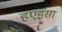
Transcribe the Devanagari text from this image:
हएइंसा